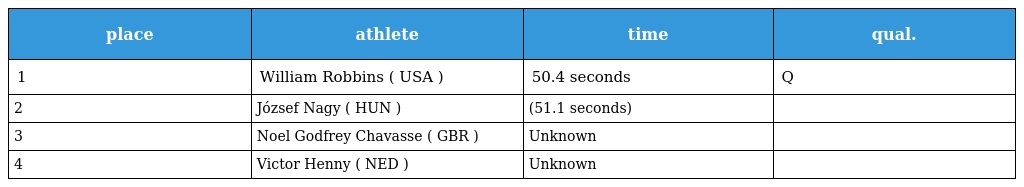
| place | athlete | time | qual. |
 | --- | --- | --- | --- |
 | 1 | William Robbins ( USA ) | 50.4 seconds | Q |
 | 2 | József Nagy ( HUN ) | (51.1 seconds) |  |
 | 3 | Noel Godfrey Chavasse ( GBR ) | Unknown |  |
 | 4 | Victor Henny ( NED ) | Unknown |  |